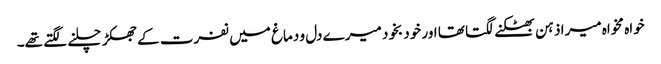
خواہ مخواہ میرا ذہن بھٹکنے لگتا تھا اور خود بخود میرے دل و دماغ میں نفرت کے جھکڑ چلنے لگتے تھے۔